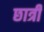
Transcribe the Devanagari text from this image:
छात्री